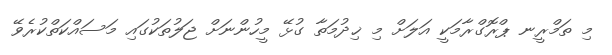
މި ތަމްރީނ ޕްރޮގްރާމަކީ އަލަށް މި ޚިދުމަތާ ގުޅޭ މީހުންނަށް ޖަލުތަކުގައި މަސައްކަތްކުރެވޭ